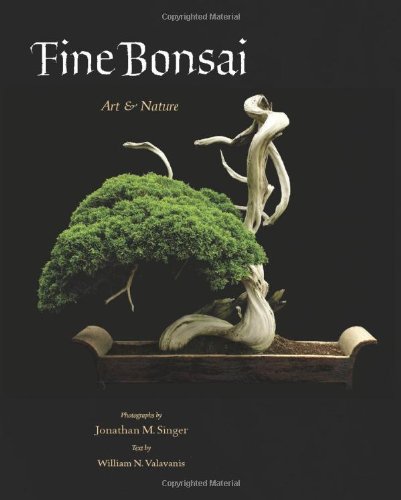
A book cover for Fine Bonsai: Art & Nature; William N. Valavanis; Crafts, Hobbies & Home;